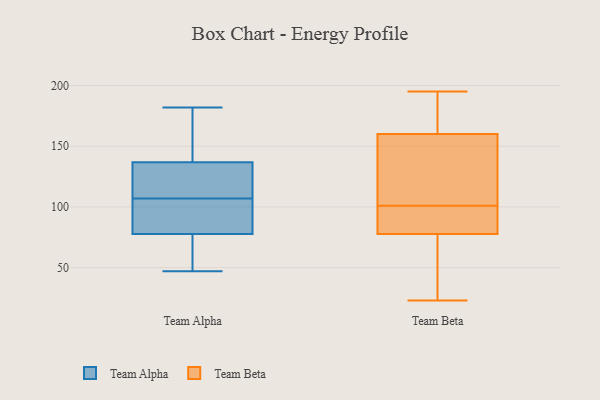
{"axis": {"x": "Market Share (%)", "y": "Value"}, "legend": ["Team Alpha", "Team Beta"], "data": [{"x": "", "y": 159, "type": "Team Alpha"}, {"x": "", "y": 118, "type": "Team Alpha"}, {"x": "", "y": 147, "type": "Team Alpha"}, {"x": "", "y": 105, "type": "Team Alpha"}, {"x": "", "y": 82, "type": "Team Alpha"}, {"x": "", "y": 182, "type": "Team Alpha"}, {"x": "", "y": 80, "type": "Team Alpha"}, {"x": "", "y": 104, "type": "Team Alpha"}, {"x": "", "y": 71, "type": "Team Alpha"}, {"x": "", "y": 129, "type": "Team Alpha"}, {"x": "", "y": 145, "type": "Team Alpha"}, {"x": "", "y": 52, "type": "Team Alpha"}, {"x": "", "y": 47, "type": "Team Alpha"}, {"x": "", "y": 120, "type": "Team Alpha"}, {"x": "", "y": 134, "type": "Team Alpha"}, {"x": "", "y": 107, "type": "Team Alpha"}, {"x": "", "y": 65, "type": "Team Alpha"}, {"x": "", "y": 74, "type": "Team Beta"}, {"x": "", "y": 80, "type": "Team Beta"}, {"x": "", "y": 70, "type": "Team Beta"}, {"x": "", "y": 169, "type": "Team Beta"}, {"x": "", "y": 92, "type": "Team Beta"}, {"x": "", "y": 101, "type": "Team Beta"}, {"x": "", "y": 103, "type": "Team Beta"}, {"x": "", "y": 195, "type": "Team Beta"}, {"x": "", "y": 107, "type": "Team Beta"}, {"x": "", "y": 79, "type": "Team Beta"}, {"x": "", "y": 157, "type": "Team Beta"}, {"x": "", "y": 169, "type": "Team Beta"}, {"x": "", "y": 59, "type": "Team Beta"}, {"x": "", "y": 183, "type": "Team Beta"}, {"x": "", "y": 23, "type": "Team Beta"}, {"x": "", "y": 92, "type": "Team Beta"}, {"x": "", "y": 131, "type": "Team Beta"}]}